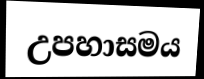
උපහාසමය